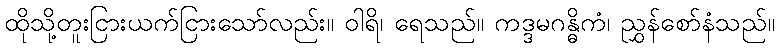
ထိုသို့တူးငြားယက်ငြားသော်လည်း။ ဝါရိ၊ ရေသည်။ ကဒ္ဒမဂန္ဓိကံ၊ ညွှန်စော်နံသည်။